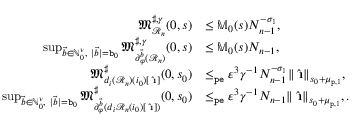
\begin{array} { r l } { \mathfrak { M } _ { \mathcal { R } _ { n } } ^ { \sharp , \gamma } ( 0 , s ) } & { \le \mathbb { M } _ { 0 } ( s ) N _ { n - 1 } ^ { - \sigma _ { 1 } } , } \\ { \operatorname* { s u p } _ { \vec { b } \in \mathbb { N } _ { 0 } ^ { \nu } , \ | \vec { b } | = \mathtt { b } _ { 0 } } \mathfrak { M } _ { \partial _ { \varphi } ^ { \vec { b } } ( \mathcal { R } _ { n } ) } ^ { \sharp , \gamma } ( 0 , s ) } & { \le \mathbb { M } _ { 0 } ( s ) N _ { n - 1 } , } \\ { \mathfrak { M } _ { d _ { i } ( \mathcal { R } _ { n } ) ( i _ { 0 } ) [ \hat { \textbf { \i } } ] } ^ { \sharp } ( 0 , s _ { 0 } ) } & { \le _ { \mathtt { p e } } \varepsilon ^ { 3 } \gamma ^ { - 1 } N _ { n - 1 } ^ { - \sigma _ { 1 } } \rVert \hat { \textbf { \i } } \rVert _ { s _ { 0 } + \mu _ { \mathtt { p } , 1 } } , } \\ { \operatorname* { s u p } _ { \vec { b } \in \mathbb { N } _ { 0 } ^ { \nu } , \ | \vec { b } | = \mathtt { b } _ { 0 } } \mathfrak { M } _ { \partial _ { \varphi } ^ { \vec { b } } ( d _ { i } \mathcal { R } _ { n } ( i _ { 0 } ) [ \hat { \textbf { \i } } ] ) } ^ { \sharp } ( 0 , s _ { 0 } ) } & { \le _ { \mathtt { p e } } \varepsilon ^ { 3 } \gamma ^ { - 1 } N _ { n - 1 } \rVert \hat { \textbf { \i } } \rVert _ { s _ { 0 } + \mu _ { \mathtt { p } , 1 } } , . } \end{array}